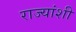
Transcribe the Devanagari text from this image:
राज्‍यांशी